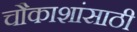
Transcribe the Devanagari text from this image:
चौकाशांसाठी